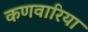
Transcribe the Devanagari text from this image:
कणवारिया